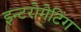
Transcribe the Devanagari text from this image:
इन्टरोगेटिंग